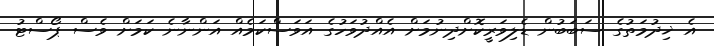
އެ ޚިދުމަތުގެ ސަބަބުން ޑެލިވަރީކޮށްދިނުމަށް އެއްދުވަހުގެ އަވަސްކަމެއް އަންނާނެ ކަމަށް ވެސް ޕޯސްޓު